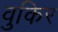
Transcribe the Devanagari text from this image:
वुकिर